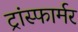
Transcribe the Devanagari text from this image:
ट्रांस्फार्मर